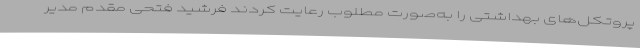
پروتکل‌های بهداشتی را به‌صورت مطلوب رعایت کردند فرشید فتحی مقدم مدیر